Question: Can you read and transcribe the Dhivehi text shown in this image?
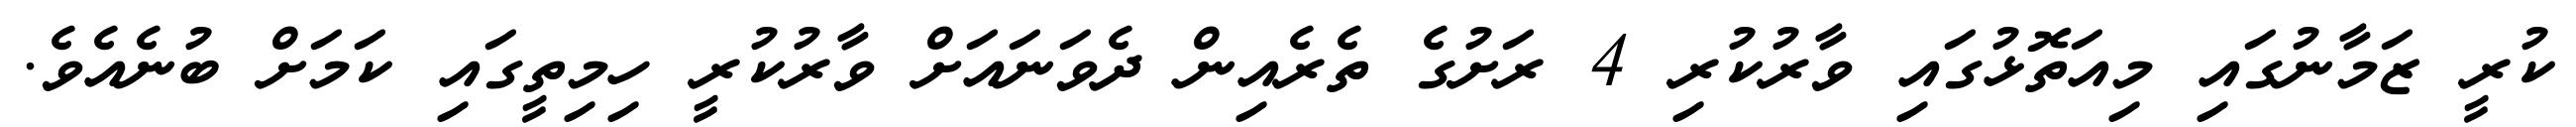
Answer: ކުރީ ޒަމާނުގައި މިއަތޮޅުގައި ވާރުކުރި 4 ރަށުގެ ތެރެއިން ދެވަނައަށް ވާރުކުރީ ހިމިތީގައި ކަމަށް ބުނެއެވެ.